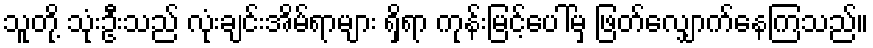
သူတို့ သုံးဦးသည် လုံးချင်းအိမ်ရာများ ရှိရာ ကုန်းမြင့်ပေါ်မှ ဖြတ်လျှောက်နေကြသည်။